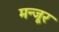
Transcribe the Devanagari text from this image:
मन्जूर